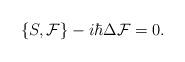
LaTeX: \begin{align*} \{S,\mathcal{F}\} - i\hbar\Delta\mathcal{F} = 0.\end{align*}